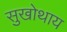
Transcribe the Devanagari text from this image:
सुखोथाय